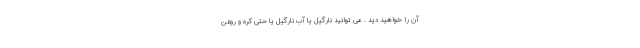
آن را خواهید دید . می توانید نارگیل یا آب نارگیل یا حتی کره و روغن